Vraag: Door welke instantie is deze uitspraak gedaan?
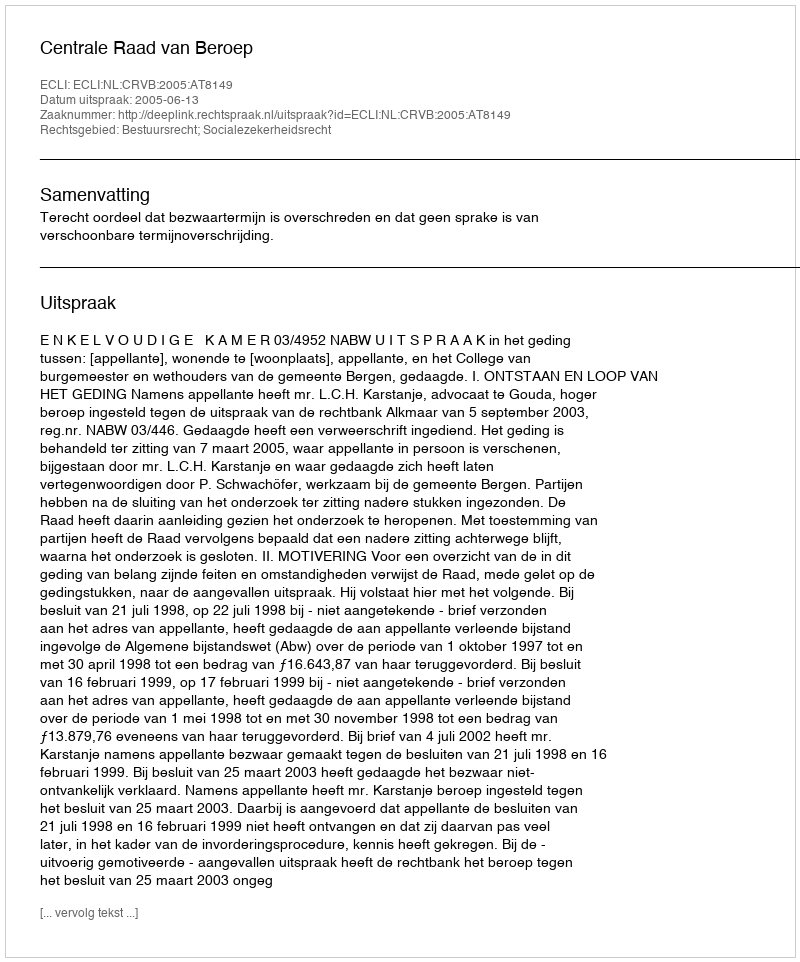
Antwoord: Centrale Raad van Beroep